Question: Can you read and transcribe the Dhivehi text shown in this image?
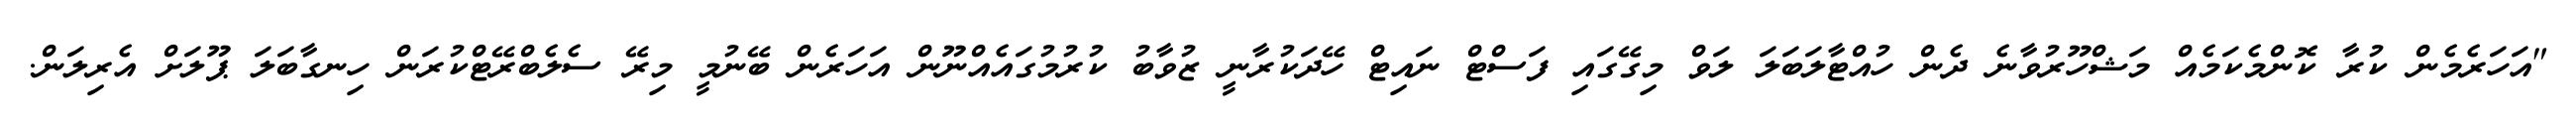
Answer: "އަހަރެމެން ކުރާ ކޮންމެކަމެއް މަޝްހޫރުވާނެ ދެން ހުއްޓާލަބަލަ ލަވް މިގޭގައި ފަސްޓް ނައިޓް ހޭދަކުރާނީ ޒުވާބު ކުރުމުގައެއްނޫން އަހަރެން ބޭނުމީ މިރޭ ސެލެބްރޭޓްކުރަން ހިނގާބަލަ ޕޫލަށް އެރިލަން.